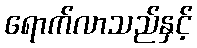
ရောက်လာသည်နှင့်